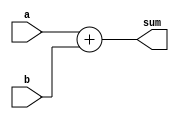
module behavioral_adder (
    input [7:0] a,
    input [7:0] b,
    output [8:0] sum
);

    assign sum = a + b;
endmodule